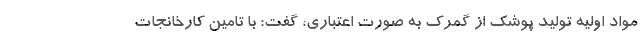
مواد اولیه تولید پوشک از گمرک به صورت اعتباری، گفت: با تامین کارخانجات